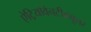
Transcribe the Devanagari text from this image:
ऐट्रियोवेनटीक्यूलर